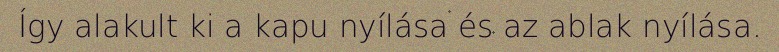
Így alakult ki a kapu nyílása és az ablak nyílása.